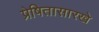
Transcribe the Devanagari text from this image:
प्रेषितासारखे